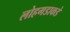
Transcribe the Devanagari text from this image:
लोहगडाकडे